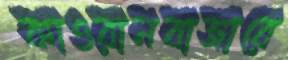
কাওরানবাজারে